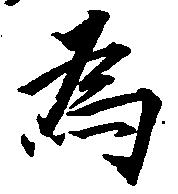
為